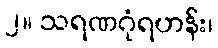
၂။ သရဏဂုံရဟန်း၊